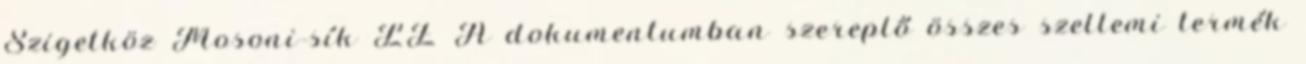
Szigetköz Mosoni-sík LE A dokumentumban szereplő összes szellemi termék